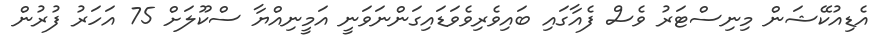
އެޑިއުކޭޝަން މިނިސްޓަރު ވެސް ފެއާގައި ބައިވެރިވެވަޑައިގަންނަވަނީ އަމީނިއްޔާ ސްކޫލަށް 75 އަހަރު ފުރުން